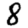
Digit: 8